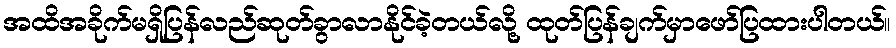
အထိအခိုက်မရှိပြန်လည်ဆုတ်ခွာလာနိုင်ခဲ့တယ်လို့ ထုတ်ပြန်ချက်မှာဖော်ပြထားပါတယ်။